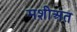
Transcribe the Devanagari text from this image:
मशीअत